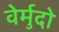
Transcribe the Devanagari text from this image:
वेर्मुदो